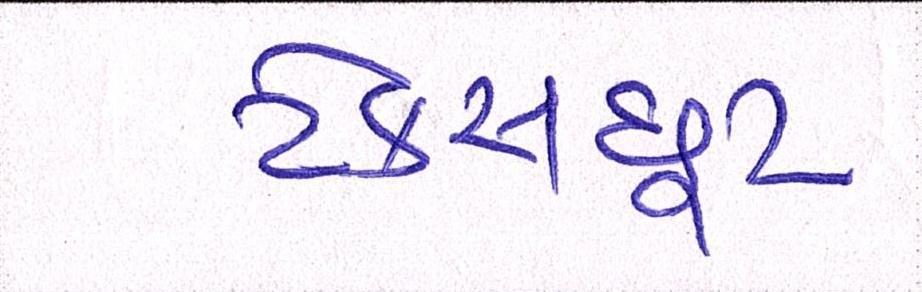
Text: ટેક્સછૂટ